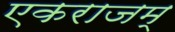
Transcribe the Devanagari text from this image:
एकराजम्